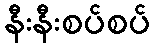
နီးနီးစပ်စပ်